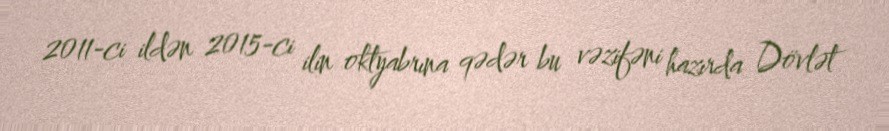
2011-ci ildən 2015-ci ilin oktyabrına qədər bu vəzifəni hazırda Dövlət